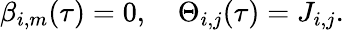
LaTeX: \begin{array}{r}{\beta_{i,m}(\tau)=0,\quad\Theta_{i,j}(\tau)=J_{i,j}.}\end{array}